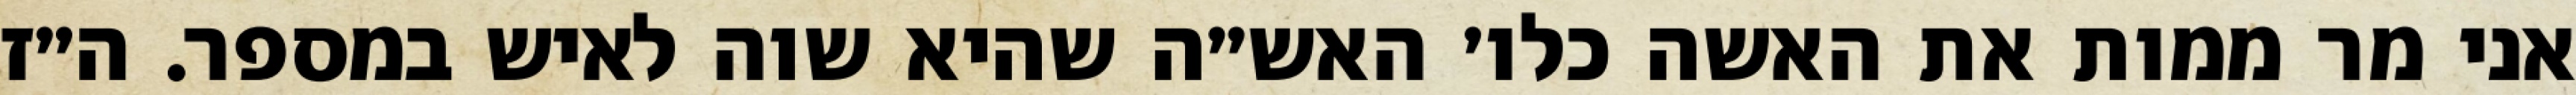
אני מר ממות את האשה כלו׳ האש״ה שהיא שוה לאיש במספר. ה״ז